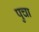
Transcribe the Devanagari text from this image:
पुचा